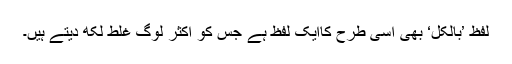
لفظ ’بالکل‘ بھی اسی طرح کاایک لفظ ہے جس کو اکثر لوگ غلط لکھ دیتے ہیں۔